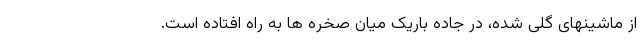
از ماشینهای گلی شده، در جاده باریک میان صخره ها به راه افتاده است.